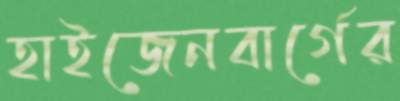
হাইজেনবার্গের